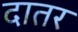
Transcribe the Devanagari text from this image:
दातर